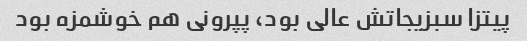
پیتزا سبزیجاتش عالی بود، پپرونی هم خوشمزه بود